Madras plague regulations in force outside the Presidency town - Volume 2
Disease focus: Plague
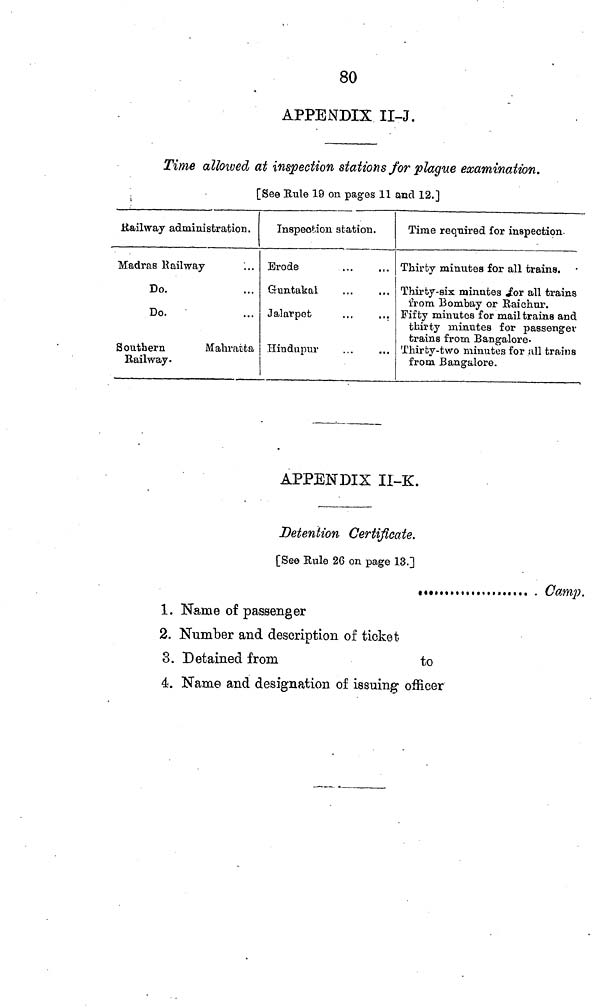
80
APPENDIX II-J.
Time allowed at inspection stations for plague examination.
[See Rule 19 on pages 11 and 12.]
Railway administration.
Madras Railway
Do.
Do.
Southern
Mahratta
Railway •
Inspection station.
Erode
Guntakal
Jalarpet
Hindupur
Time required for inspection.
Thirty minutes for all trains.
Thirty-six minutes for all trains
from Bombay or Raichur.
Fifty minutes for mail trains and
thirty minutes for passenger
trains from Bangalore.
Thirty-two minutes for all trains
from Bangalore.
APPENDIX II-K.
Detention Certificate.
[See Rule 26 on page 13.]
«.
Camp.
1. Name of passenger
2. Number and description of ticket
3. Detained from
to
4. Name and designation of issuing- officer